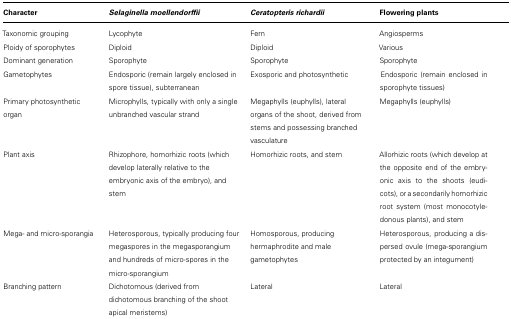
<table><thead><tr><td><b>Character</b></td><td><b><i>Selaginella moellendorffii</i></b></td><td><b><i>Ceratopteris richardii</i></b></td><td><b>Flowering plants</b></td></tr></thead><tbody><tr><td>Taxonomic grouping </td><td>Lycophyte</td><td>Fern</td><td>Angiosperms</td></tr><tr><td>Ploidy of sporophytes</td><td>Diploid </td><td>Diploid </td><td>Various</td></tr><tr><td>Dominant generation</td><td>Sporophyte</td><td>Sporophyte</td><td>Sporophyte</td></tr><tr><td>Gametophytes</td><td>Endosporic (remain largely enclosed in spore tissue), subterranean</td><td>Exosporic and photosynthetic</td><td>Endosporic (remain enclosed in sporophyte tissues)</td></tr><tr><td>Primary photosynthetic organ</td><td>Microphylls, typically with only a single unbranched vascular strand</td><td>Megaphylls (euphylls), lateral organs of the shoot, derived from stems and possessing branched vasculature</td><td>Megaphylls (euphylls)</td></tr><tr><td>Plant axis</td><td>Rhizophore, homorhizic roots (which develop laterally relative to the embryonic axis of the embryo), and stem</td><td>Homorhizic roots, and stem</td><td>Allorhizic roots (which develop at the opposite end of the embryonic axis to the shoots (eudicots), or a secondarily homorhizic root system (most monocotyledonous plants), and stem </td></tr><tr><td>Mega- and micro-sporangia</td><td>Heterosporous, typically producing four megaspores in the megasporangium and hundreds of micro-spores in the micro-sporangium</td><td>Homosporous, producing hermaphrodite and male gametophytes</td><td>Heterosporous, producing a dispersed ovule (mega-sporangium protected by an integument)</td></tr><tr><td>Branching pattern</td><td>Dichotomous (derived from dichotomous branching of the shoot apical meristems) </td><td>Lateral</td><td>Lateral</td></tr></tbody></table>